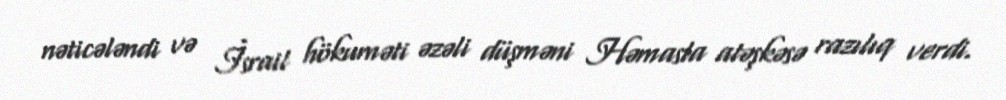
nəticələndi və İsrail hökuməti əzəli düşməni Həmasla atəşkəsə razılıq verdi.